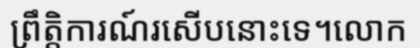
ព្រឹត្តិការណ៍រសើបនោះទេ។លោក